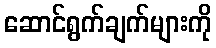
ဆောင်ရွက်ချက်များကို